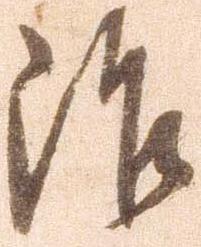
治